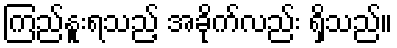
ကြည်နူးရသည့် အခိုက်လည်း ရှိသည်။